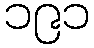
၁၉၁